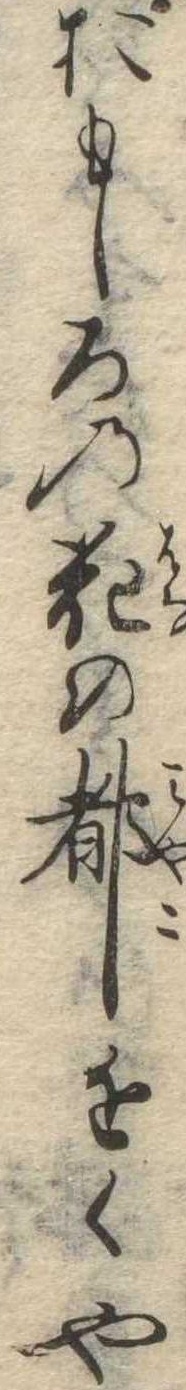
おもしろの花の都近くや